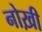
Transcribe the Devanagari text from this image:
नोख़ी